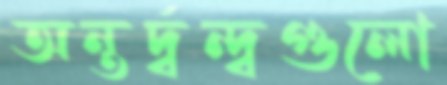
অন্তর্দ্বন্দ্বগুলো